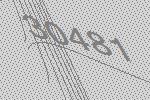
30481